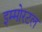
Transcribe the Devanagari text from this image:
इम्मोरटल